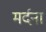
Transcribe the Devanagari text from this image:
मर्दना